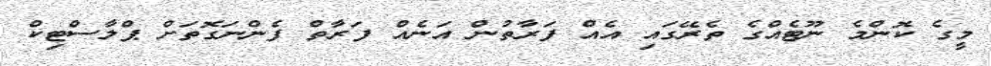
މީގެ ކޮންމެ ނޫޓެއްގެ ތެރޭގައި އެއް ފަރާތުން އަނެއް ފަރާތް ފެންނަގޮތަށް ޕްލާސްޓިކް